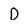
Character: D